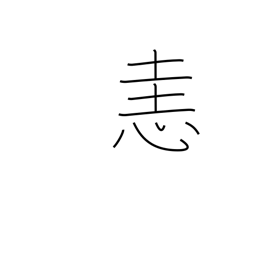
Meaning: anger